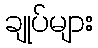
ချုပ်များ